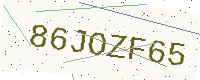
Text: 86JOZF65